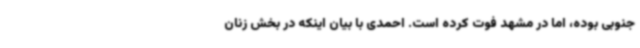
جنوبی بوده، اما در مشهد فوت کرده است. احمدی با بیان اینکه در بخش زنان